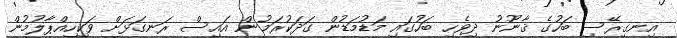
އިނގިރޭސި ބަހުގެ ޤާނޫނު ދިވެހި ބަހުގައި މަޑުމަޑުން ގަދަކުރަމުން އައިސް ރަނގަޅަށް ވަކިހިއްޕާލުމުން